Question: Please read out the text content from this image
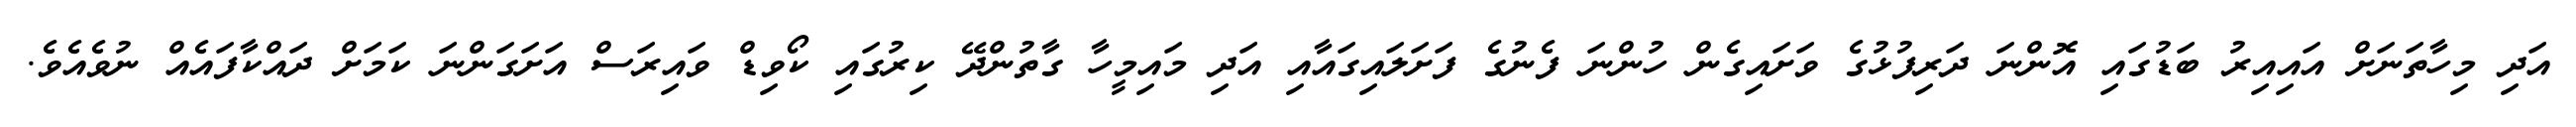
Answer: އަދި މިހާތަނަށް އައިއިރު ބަޑުގައި އޮންނަ ދަރިފުޅުގެ ވަށައިގެން ހުންނަ ފެނުގެ ފަށަލައިގައާއި އަދި މައިމީހާ ގާތުންދޭ ކިރުގައި ކޯވިޑް ވައިރަސް އަށަގަންނަ ކަމަށް ދައްކާފައެއް ނުވެއެވެ.